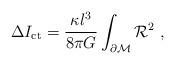
LaTeX: \begin{align*}\Delta I_{\rm ct}={\kappa l^3 \over 8 \pi G}\int_{\partial{\cal M}}{\cal R}^2\ ,\end{align*}